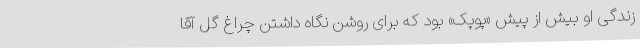
زندگی او بیش از پیش «پوپک» بود که برای روشن نگاه داشتن چراغ گل آقا